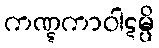
ကဏ္ဋကာဝါဋမ္ပိ